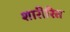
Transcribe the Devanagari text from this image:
शारीरित